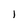
Character: 1